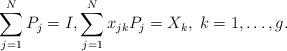
LaTeX: \begin{align*}\sum_{j=1}^N P_j=I, \sum_{j=1}^N x_{jk}P_j=X_k, \; k=1,\ldots,g.\end{align*}